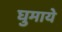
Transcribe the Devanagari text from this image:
घुमाये